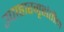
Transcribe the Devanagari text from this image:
उपाहारगृहांतील